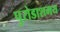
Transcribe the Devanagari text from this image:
पुरोडाशमय